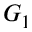
G _ { 1 }